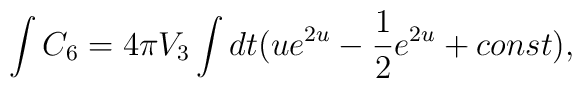
\int C_{6}=4\pi V_{3}\int dt (ue^{2u}-{1\over2}e^{2u}+const),